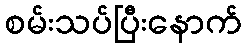
စမ်းသပ်ပြီးနောက်